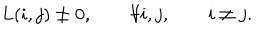
L ( i , j ) \ne 0 , \qquad \forall i , j , \qquad i \ne j .